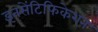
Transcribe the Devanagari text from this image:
इनसेंटिफिकेशन